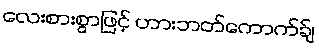
လေးစားစွာဖြင့် ဟားဘတ်ကောက်ခ်ျ